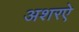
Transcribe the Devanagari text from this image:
अशरऐ